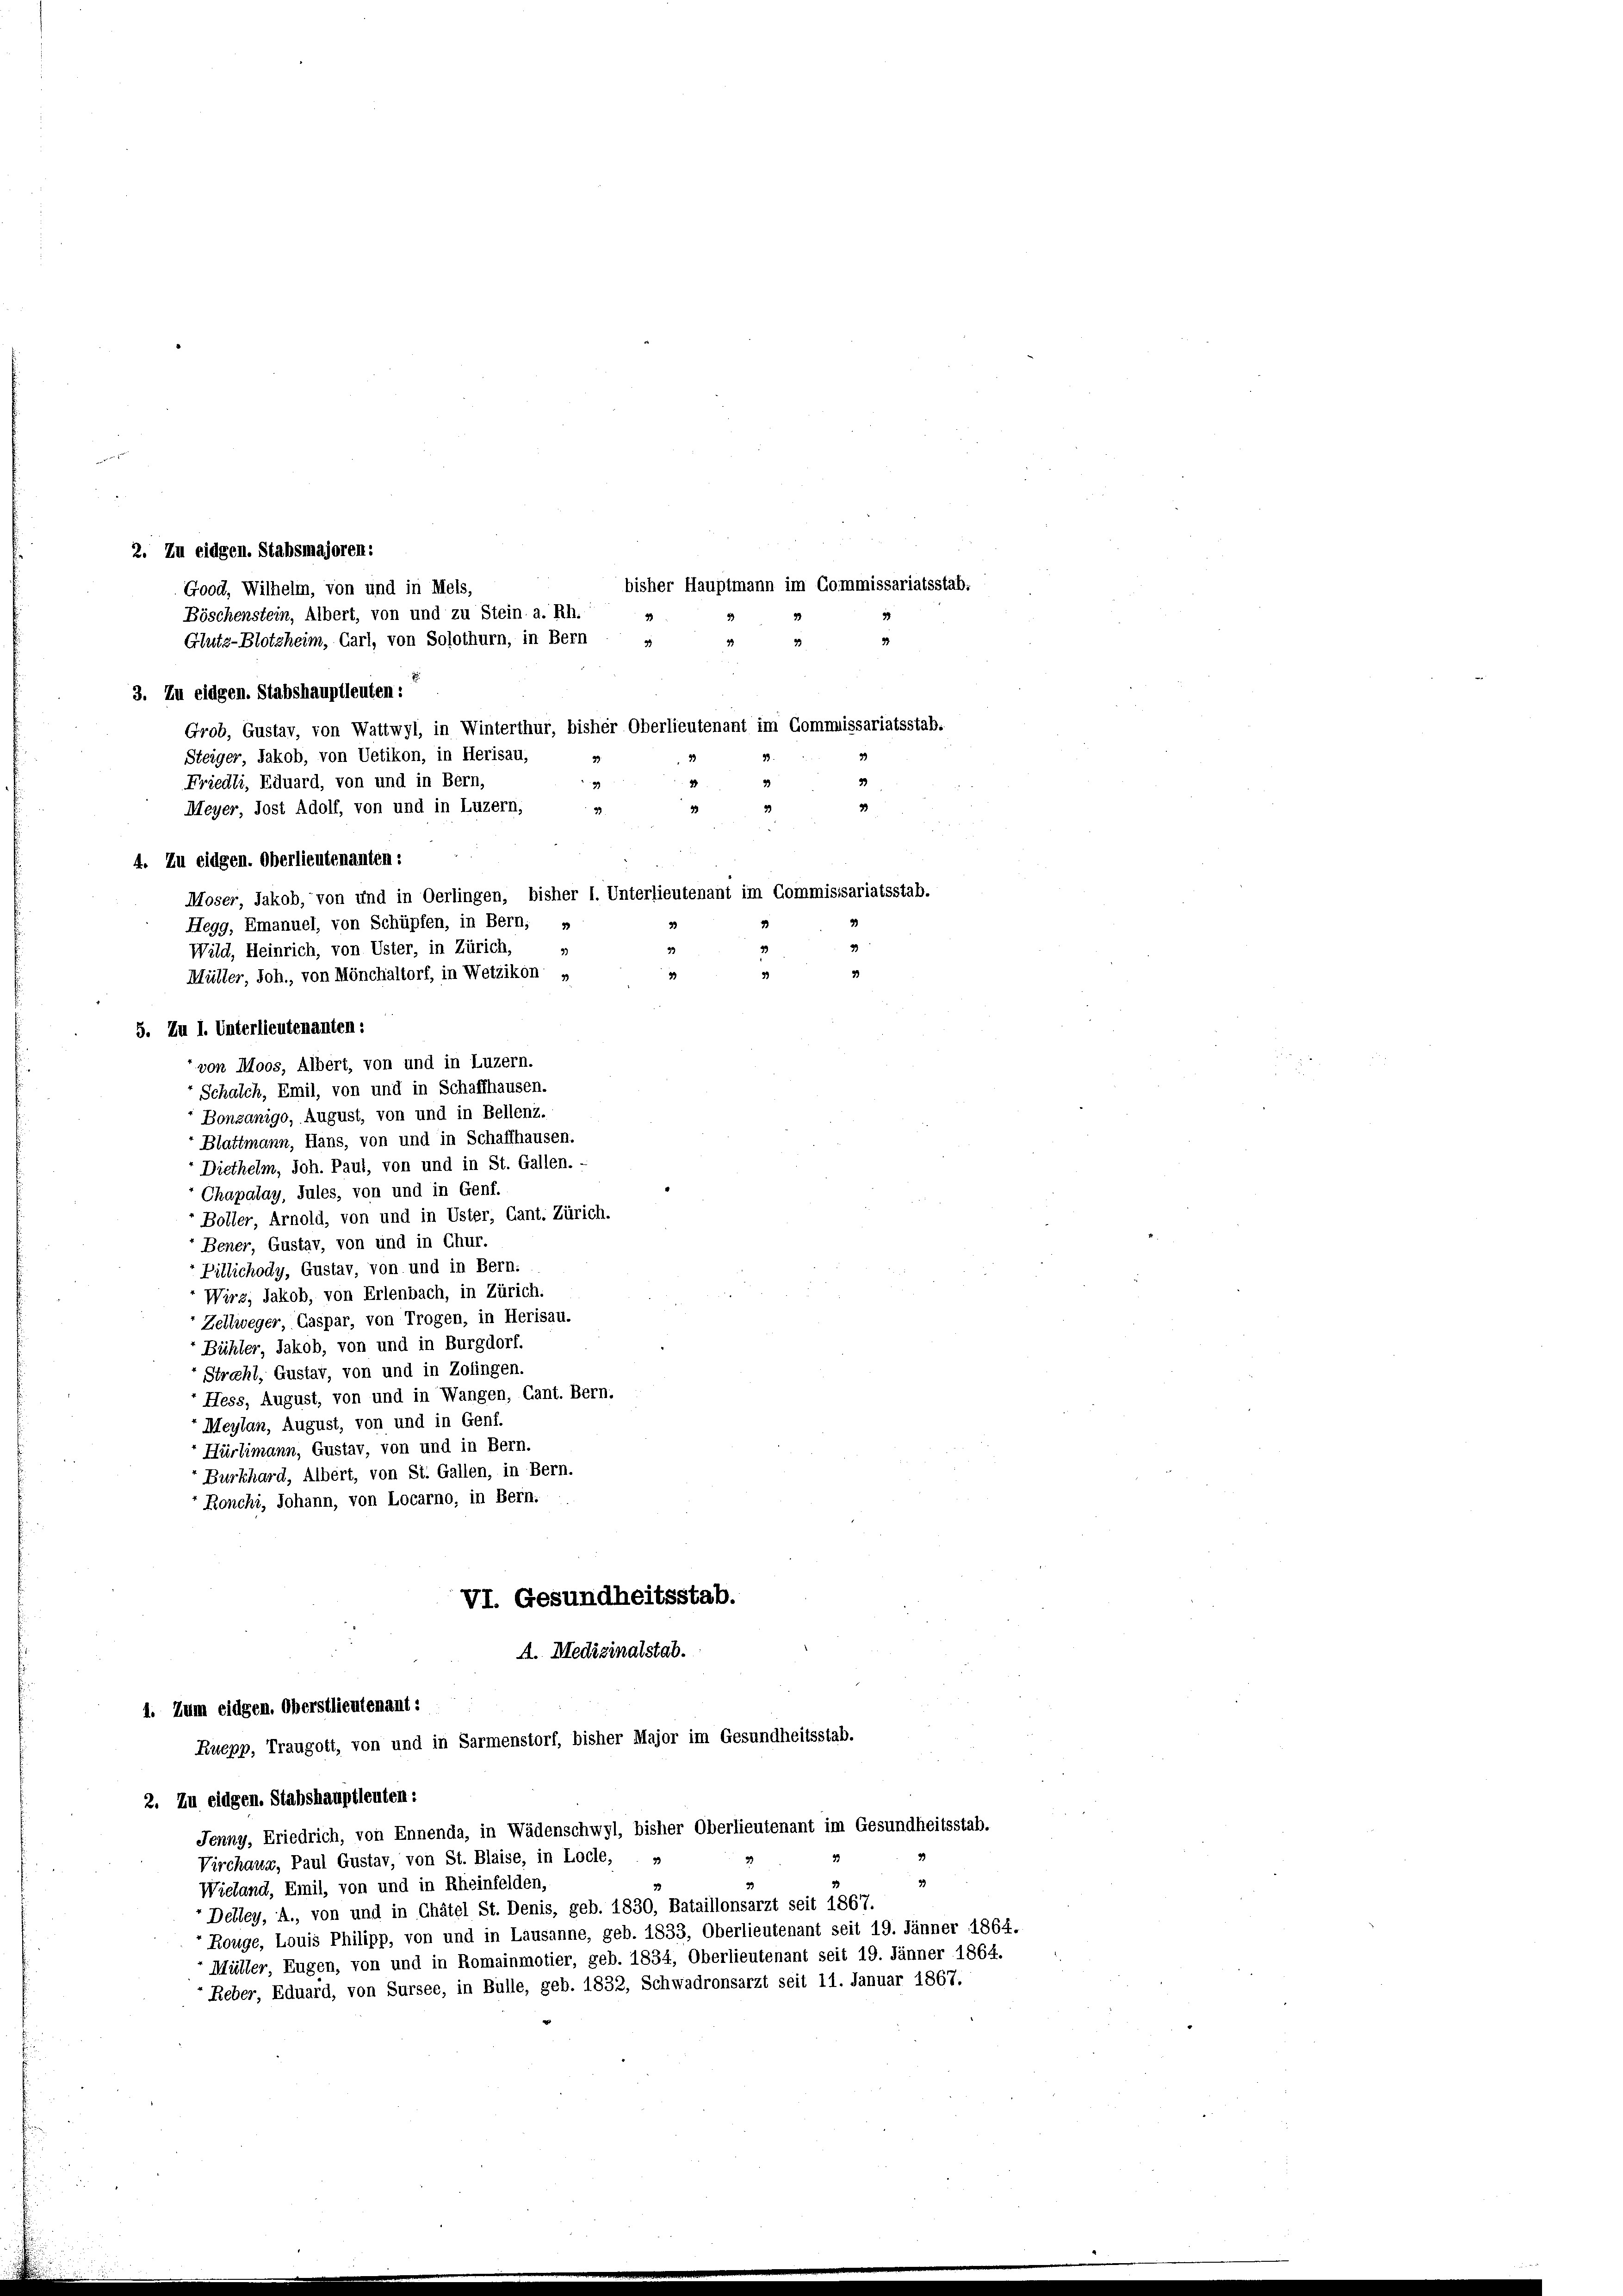
2. Zu eidgen. Stabsmajoren:
Good, Wilhelm, von und in Meis,
3. Zu eidgen. Stabshauptleuten:
Grob, Gustav, von Wattwyl, in Winterthur, bisher Oberlieutenant im Commissariatsstab.
Steiger, Jakob, von Uetikon, in Herisau,
33
39
3
Moser, Jakob, von und in Oerlingen, bisher I. Unterlieutenant im Commissariatsstab.
33
Bonzanigo, August, von und in Bellenz.
Blattmann, Hans, von und in Schaffhausen.
Diethelm, Joh. Paut, von und in St. Gallen. -
Chapalay, Jules, von und in Genf.
Boller, Arnold, von und in Uster, Cant. Zürich.
Bener, Gustav, von und in Chur.
Pillichody, Gustav, von und in Bern:
Wirz, Jakob, von Erlenbach, in Zürich.
Zellweger, Caspar, von Trogen, in Herisau.
Bühler, Jakob, von und in Burgdorf.
Strahl, Gustav, von und in Zofingen.
Hess, August, von und in Wangen, Cant. Bern.
Meylan, August, von und in Genf.
Hürlimann, Gustav, von und in Bern.
Burkhard, Albert, von St. Gallen, in Bern.
Ronchi, Johann, von Locarno, in Bern.

Friedli, Eduard, von und in Bern,
Meyer, Jost Adolf, von und in Luzern,
4. Zu eidgen. Oberlieutenanten:
Hegg, Emanuel, von Schüpfen, in Bern, »
Wild, Heinrich, von Uster, in Zürich,
Müller, Joh., von Mönchaltorf, in Wetzikon,
5. Zu I. Unterlieutenanten:
" von Moos, Albert, von und in Luzern.
Schalch, Emil, von und in Schaffhausen.

bisher Hauptmann im Commissariatsstab;
Böschenstein, Albert, von und zu Stein. a. Rh.
Glutz-Blotzheim, Carl, von Solothurn, in Bern
35

VI. Gesundheitsstab.
A. Medizinalstab.
1. Zum eidgen. Oberstlieutenant:
Ruepp, Traugott, von und in Sarmenstorf, bisher Major im Gesundheitsstab.

2. Zu eidgen. Stabshauptleuten:
Jenny, Friedrich, von Ennenda, in Wädenschwyl, bisher Oberlieutenant im Gesundheitsstab.
Virchaug, Paul Gustav, von St. Blaise, in Locle,
Wieland, Emil, von und in Rheinfelden,
Detley, A., von und in Châtel St. Denis, geb. 1830, Bataillonsarzt seit 1867.
Rouge, Louis Philipp, von und in Lausanne, geb. 1833, Oberlieutenant seit 19. Jänner 1864.
Müller, Eugen, von und in Romainmotier, geb. 1834, Oberlieutenant seit 19. Jänner 1864.
Reber, Eduard, von Sursee, in Bulle, geb. 1832, Schwadronsarzt seit 11. Januar 1867.